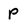
Character: P